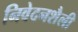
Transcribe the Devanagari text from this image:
निवेदनशैली